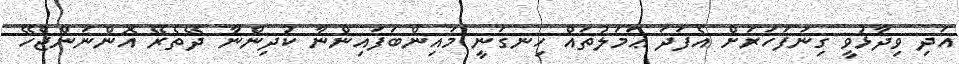
އަދި ވިދާޅުވީ ގިނަފަހަރަށް އެފަދަ ޢަމަލުތައް ހިނގަނީ މައިންބަފައިންނާ ކުދިންނާ ދޭތެރޭ އޮންނަންޖެހޭ